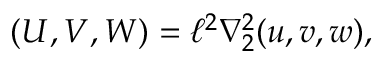
( U , V , W ) = \ell ^ { 2 } \nabla _ { 2 } ^ { 2 } ( u , v , w ) ,